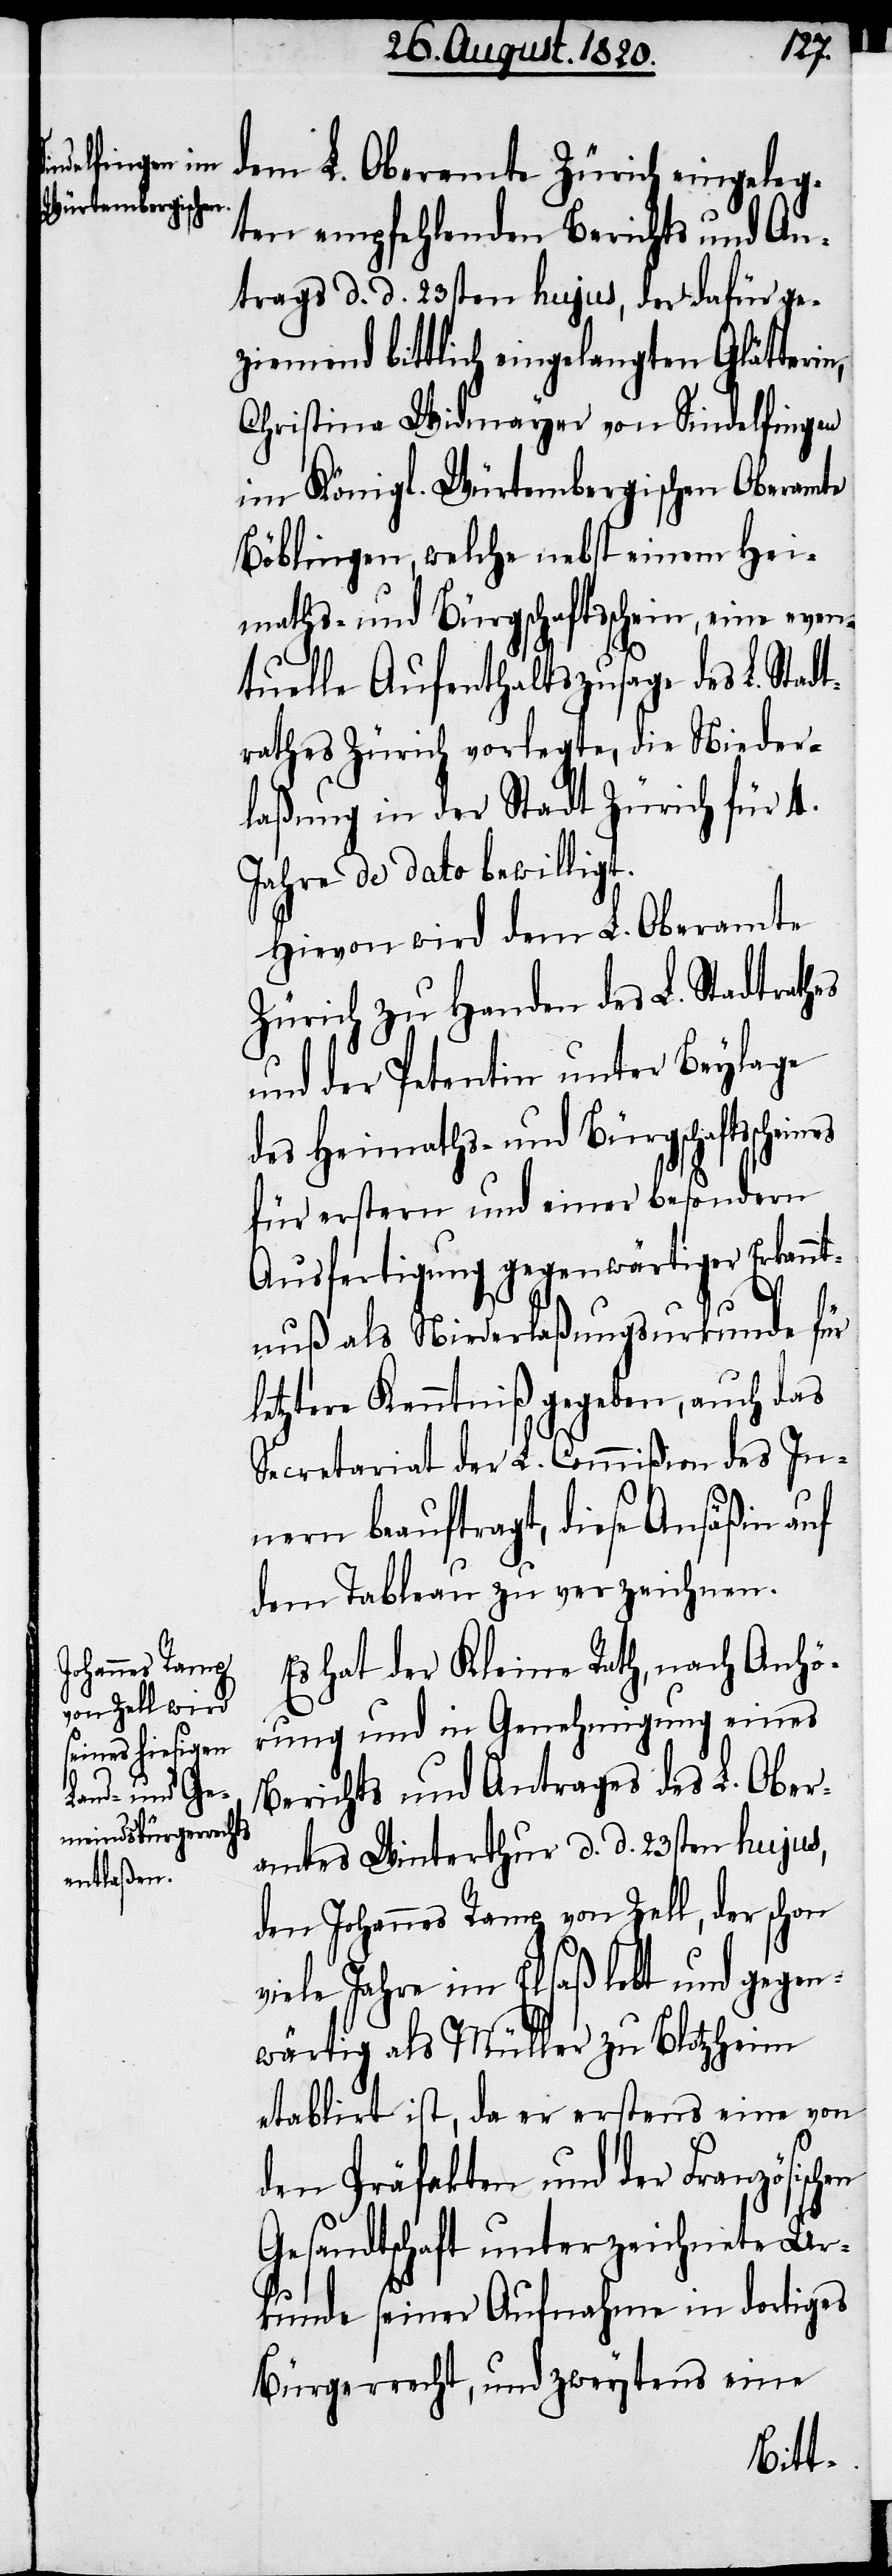
en
dem L. Oberamte Zürich eingeleg¬
ten empfehlenden Berichts und An¬
trags d. d. 23sten hujus, der dafür ge¬
ziemend bittlich eingelangten Glätteri¬
Christina Widmayer von Sindelfingen
im Königl. Würtembergischen Oberamte
Böblingen, welche nebst einem Hei¬
maths- und Bürgschaftsschein, eine even¬
tuelle Aufenthaltszusage des L. Stad¬
trathes Zürich vorlegte, die Nieder¬
laßung in der Stadt Zürich für 4.
Jahre de dato bewilligt.
Hievon wird dem L. Oberamte
Zürich zu Handen des L. Stadtrathes
und der Petentin unter Beylage
des Heimaths-und Bürgschaftscheines
für erstern und einer besondern
Ausfertigung gegenwärtiger Erkennt¬
nuß als Niederlaßungsurkunde für
letztere Kenntniß gegeben, auch das
Secretariat der L. Commißion des In¬
nern beauftragt, diese Ansäßin auf
dem Tableau zu verzeichnen.
Es hat der Kleine Rath, nach Anhö¬
rung und in Genehmigung eines
Berichts und Antrages des L. Ober¬
amtes Winterthur d. d. 23sten hujus,
den Johannes Ramp von Zell, der schon
viele Jahre im Elsaß lebt und gegen¬
wärtig als Müller zu Blotzheim
etablirt ist, da er erstens eine von
den Präfekten und der Französisch¬
Gesandtschaft unterzeichnete Ur¬
kunde seiner Aufnahme in dortiges
Bürgerrecht, und zweytens eine